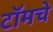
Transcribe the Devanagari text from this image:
टॉमचे